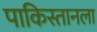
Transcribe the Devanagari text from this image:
पाकिस्तानला